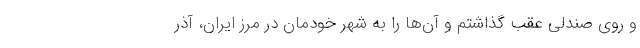
و روی صندلی عقب گذاشتم و آن‌ها را به شهر خودمان در مرز ایران، آذر